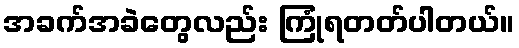
အခက်အခဲတွေလည်း ကြုံရတတ်ပါတယ်။